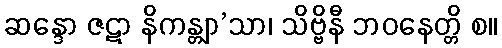
ဆန္ဒော ဇဋာ နိကန္တျာ’သာ၊ သိဗ္ဗိနီ ဘဝနေတ္တိ စ။